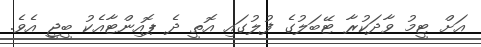
އަށް ޓީމު ވާދަކުރާ ޓޭބަލުގެ ފުލުގައި އޮތީ ދެ ޕޮއިންޓާއެކު ބީޖީ އެވެ.